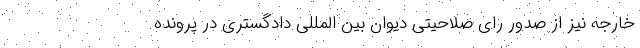
خارجه نیز از صدور رای صلاحیتی دیوان بین المللی دادگستری در پرونده